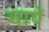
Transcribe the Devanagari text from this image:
चापें